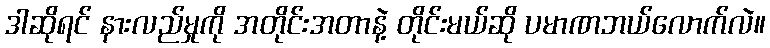
ဒါဆိုရင် နားလည်မှုကို အတိုင်းအတာနဲ့ တိုင်းမယ်ဆို ပမာဏဘယ်လောက်လဲ။